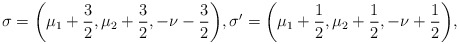
\begin{align*}\sigma=\bigg(\mu_1+\frac{3}{2},\mu_2+\frac{3}{2},-\nu-\frac{3}{2}\bigg),\sigma'=\bigg(\mu_1+\frac{1}{2},\mu_2+\frac{1}{2}, -\nu+\frac{1}{2}\bigg),\end{align*}